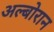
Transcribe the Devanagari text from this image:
अल्बोरान